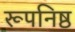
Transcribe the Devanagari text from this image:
रूपनिष्ठ